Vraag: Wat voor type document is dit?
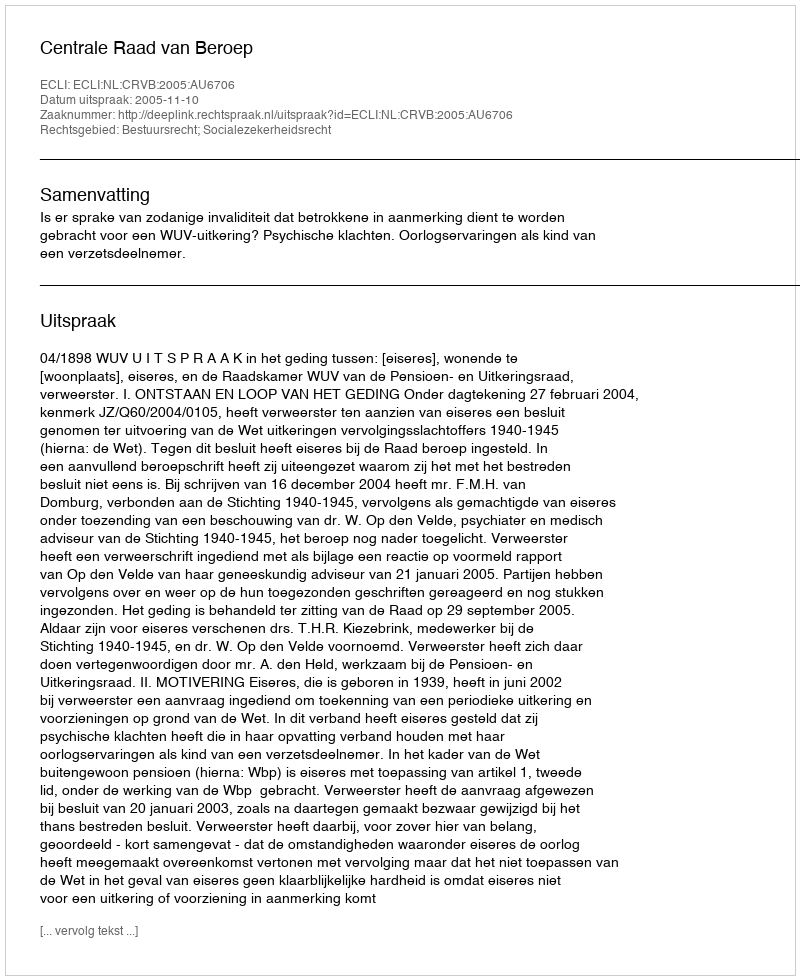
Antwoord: Uitspraak